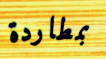
بمطاردة